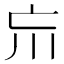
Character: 𡿫